Document type: Dowry acquittance
Year: 1427
Scribe: Pere Tarafa
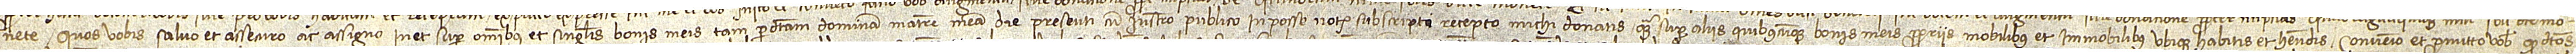
nete, quos vobis salvo et assecuro ac assigno in et super omnibus et singulis bonis meis tam per dictam dominam matrem meam die presenti cum instrumento publico in posse notarii subscripti recepto michi donatis quam super aliis quibuscumque bonis meis propriis mobilibus et immobilibus ubique habitis et habendis. Convenio et promitto vobis quod dictos